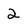
Character: 2